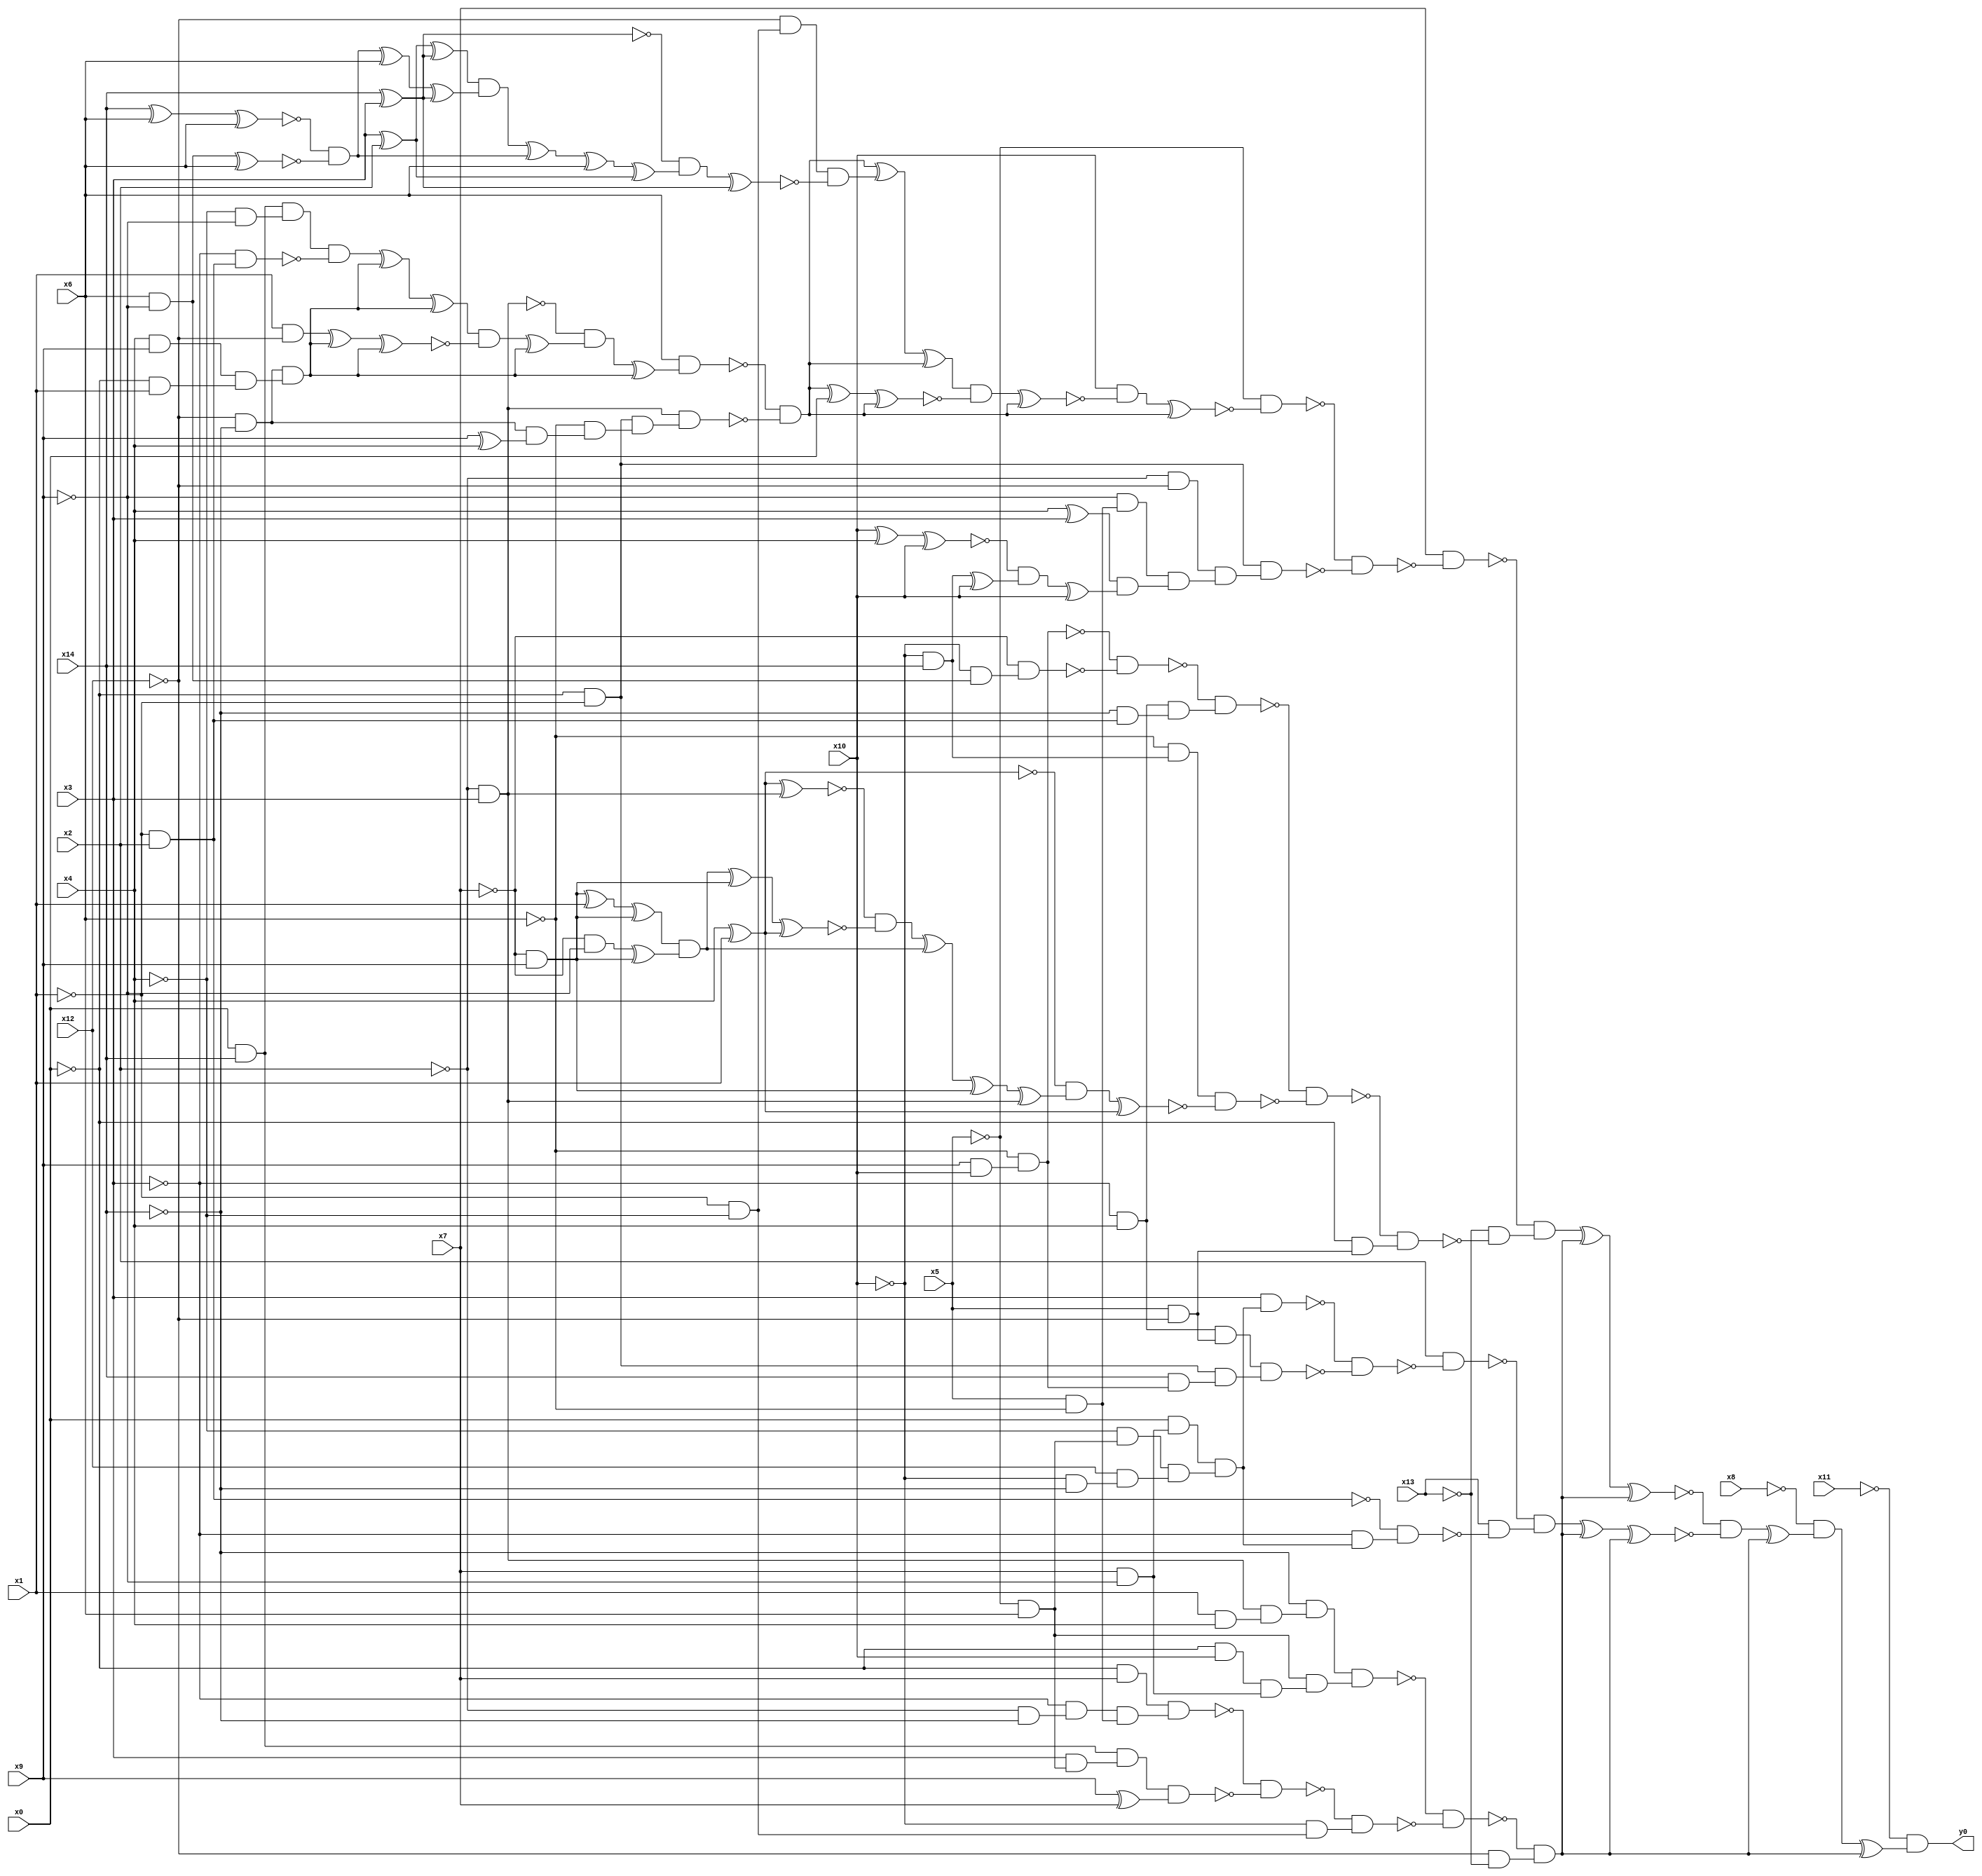
module top( x0 , x1 , x2 , x3 , x4 , x5 , x6 , x7 , x8 , x9 , x10 , x11 , x12 , x13 , x14 , y0 );
  input x0 , x1 , x2 , x3 , x4 , x5 , x6 , x7 , x8 , x9 , x10 , x11 , x12 , x13 , x14 ;
  output y0 ;
  wire n16 , n17 , n18 , n19 , n20 , n21 , n22 , n23 , n24 , n25 , n26 , n27 , n28 , n29 , n30 , n31 , n32 , n33 , n34 , n35 , n36 , n37 , n38 , n39 , n40 , n41 , n42 , n43 , n44 , n45 , n46 , n47 , n48 , n49 , n50 , n51 , n52 , n53 , n54 , n55 , n56 , n57 , n58 , n59 , n60 , n61 , n62 , n63 , n64 , n65 , n66 , n67 , n68 , n69 , n70 , n71 , n72 , n73 , n74 , n75 , n76 , n77 , n78 , n79 , n80 , n81 , n82 , n83 , n84 , n85 , n86 , n87 , n88 , n89 , n90 , n91 , n92 , n93 , n94 , n95 , n96 , n97 , n98 , n99 , n100 , n101 , n102 , n103 , n104 , n105 , n106 , n107 , n108 , n109 , n110 , n111 , n112 , n113 , n114 , n115 , n116 , n117 , n118 , n119 , n120 , n121 , n122 , n123 , n124 , n125 , n126 , n127 , n128 , n129 , n130 , n131 , n132 , n133 , n134 , n135 , n136 , n137 , n138 , n139 , n140 , n141 , n142 , n143 , n144 , n145 , n146 , n147 , n148 , n149 , n150 , n151 , n152 , n153 , n154 , n155 , n156 , n157 , n158 , n159 , n160 , n161 , n162 , n163 , n164 , n165 , n166 , n167 , n168 , n169 , n170 , n171 ;
  assign n16 = ~x2 & x3 ;
  assign n32 = x0 & x14 ;
  assign n67 = ~x4 & ~x9 ;
  assign n68 = n32 & n67 ;
  assign n69 = ~x1 & x2 ;
  assign n70 = ~x3 & n69 ;
  assign n71 = n68 & ~n70 ;
  assign n62 = ~x12 & ~x14 ;
  assign n63 = x4 & x9 ;
  assign n64 = ~x0 & x1 ;
  assign n65 = n63 & n64 ;
  assign n66 = n62 & n65 ;
  assign n72 = n71 ^ n66 ;
  assign n73 = n72 ^ n66 ;
  assign n74 = x1 & ~x12 ;
  assign n75 = n74 ^ n66 ;
  assign n76 = n75 ^ n66 ;
  assign n77 = n73 & ~n76 ;
  assign n78 = n77 ^ n66 ;
  assign n79 = ~n16 & n78 ;
  assign n80 = n79 ^ n66 ;
  assign n81 = x6 & n80 ;
  assign n82 = ~x0 & ~x1 ;
  assign n83 = x9 ^ x4 ;
  assign n84 = n62 & n83 ;
  assign n85 = ~x6 & n84 ;
  assign n86 = n82 & n85 ;
  assign n87 = n16 & n86 ;
  assign n88 = ~n81 & ~n87 ;
  assign n38 = ~x1 & ~x4 ;
  assign n44 = ~x12 & n38 ;
  assign n45 = x14 ^ x3 ;
  assign n46 = x3 ^ x2 ;
  assign n47 = n46 ^ n45 ;
  assign n48 = x14 ^ x6 ;
  assign n49 = n48 ^ x6 ;
  assign n50 = x6 & ~x9 ;
  assign n51 = n50 ^ x6 ;
  assign n52 = ~n49 & ~n51 ;
  assign n53 = n52 ^ x6 ;
  assign n54 = n53 ^ n45 ;
  assign n55 = n47 & n54 ;
  assign n56 = n55 ^ n52 ;
  assign n57 = n56 ^ x6 ;
  assign n58 = n57 ^ n46 ;
  assign n59 = ~n45 & n58 ;
  assign n60 = n59 ^ n45 ;
  assign n61 = n44 & ~n60 ;
  assign n89 = n88 ^ n61 ;
  assign n90 = n89 ^ n88 ;
  assign n91 = n88 ^ x0 ;
  assign n92 = n91 ^ n88 ;
  assign n93 = n90 & ~n92 ;
  assign n94 = n93 ^ n88 ;
  assign n95 = x10 & ~n94 ;
  assign n96 = n95 ^ n88 ;
  assign n97 = ~x5 & ~n96 ;
  assign n98 = ~x2 & ~x12 ;
  assign n29 = x5 & ~x6 ;
  assign n99 = ~x9 & n29 ;
  assign n100 = x4 ^ x3 ;
  assign n101 = x10 ^ x4 ;
  assign n102 = n101 ^ x10 ;
  assign n103 = ~x10 & x14 ;
  assign n104 = n103 ^ x10 ;
  assign n105 = ~n102 & n104 ;
  assign n106 = n105 ^ x10 ;
  assign n107 = n100 & n106 ;
  assign n108 = n99 & n107 ;
  assign n109 = n98 & n108 ;
  assign n110 = n82 & n109 ;
  assign n111 = ~n97 & ~n110 ;
  assign n112 = x7 & ~n111 ;
  assign n113 = x9 & x10 ;
  assign n114 = ~x6 & n113 ;
  assign n115 = ~x10 & n50 ;
  assign n116 = ~x7 & n115 ;
  assign n117 = ~n114 & ~n116 ;
  assign n118 = ~x3 & x4 ;
  assign n119 = ~x14 & n69 ;
  assign n120 = n118 & n119 ;
  assign n121 = ~n117 & n120 ;
  assign n122 = ~x6 & n103 ;
  assign n123 = x4 ^ x1 ;
  assign n124 = n123 ^ n16 ;
  assign n125 = ~x7 & x9 ;
  assign n126 = n125 ^ x1 ;
  assign n127 = n126 ^ n125 ;
  assign n128 = ~x7 & ~x9 ;
  assign n129 = n128 ^ n125 ;
  assign n130 = n127 & n129 ;
  assign n131 = n130 ^ n125 ;
  assign n132 = n131 ^ n123 ;
  assign n133 = ~n124 & ~n132 ;
  assign n134 = n133 ^ n130 ;
  assign n135 = n134 ^ n125 ;
  assign n136 = n135 ^ n16 ;
  assign n137 = ~n123 & n136 ;
  assign n138 = n137 ^ n123 ;
  assign n139 = n122 & ~n138 ;
  assign n140 = ~n121 & ~n139 ;
  assign n141 = x5 & ~x12 ;
  assign n142 = ~x0 & n141 ;
  assign n143 = ~n140 & n142 ;
  assign n144 = ~x13 & ~n143 ;
  assign n145 = ~n112 & n144 ;
  assign n17 = x1 & x4 ;
  assign n18 = n16 & n17 ;
  assign n19 = ~x14 & n18 ;
  assign n20 = ~x5 & x6 ;
  assign n21 = ~x0 & x10 ;
  assign n22 = x7 & ~x9 ;
  assign n23 = n21 & n22 ;
  assign n24 = n20 & n23 ;
  assign n25 = n19 & n24 ;
  assign n26 = ~x0 & x7 ;
  assign n27 = ~x2 & ~x14 ;
  assign n28 = ~x3 & n27 ;
  assign n30 = n28 & n29 ;
  assign n31 = n26 & n30 ;
  assign n33 = x3 & n20 ;
  assign n34 = n32 & n33 ;
  assign n35 = x9 ^ x7 ;
  assign n36 = n34 & n35 ;
  assign n37 = ~n31 & ~n36 ;
  assign n39 = ~x10 & n38 ;
  assign n40 = ~n37 & n39 ;
  assign n41 = ~n25 & ~n40 ;
  assign n42 = ~x12 & ~x13 ;
  assign n43 = ~n41 & n42 ;
  assign n146 = n145 ^ n43 ;
  assign n147 = n146 ^ n43 ;
  assign n148 = x0 & n22 ;
  assign n149 = ~x4 & n20 ;
  assign n150 = ~x10 & ~x14 ;
  assign n151 = x12 & n150 ;
  assign n152 = n149 & n151 ;
  assign n153 = n148 & n152 ;
  assign n154 = x3 & n153 ;
  assign n155 = n118 & n141 ;
  assign n156 = x14 & n114 ;
  assign n157 = n82 & n156 ;
  assign n158 = n155 & n157 ;
  assign n159 = ~n154 & ~n158 ;
  assign n160 = x2 & ~n159 ;
  assign n161 = ~x3 & n153 ;
  assign n162 = ~n69 & n161 ;
  assign n163 = x13 & ~n162 ;
  assign n164 = ~n160 & n163 ;
  assign n165 = n164 ^ n43 ;
  assign n166 = n165 ^ n43 ;
  assign n167 = ~n147 & ~n166 ;
  assign n168 = n167 ^ n43 ;
  assign n169 = ~x8 & n168 ;
  assign n170 = n169 ^ n43 ;
  assign n171 = ~x11 & n170 ;
  assign y0 = n171 ;
endmodule